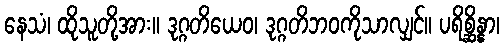
နေသံ၊ ထိုသူတို့အား။ ဒုဂ္ဂတိယေဝ၊ ဒုဂ္ဂတိဘဝကိုသာလျှင်။ ပရိစ္ဆိန္နာ၊